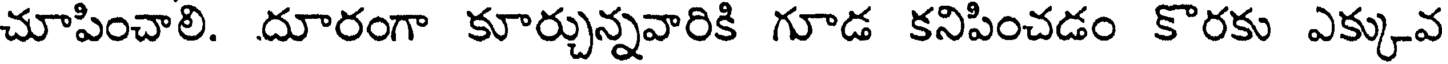
చూపించాలి. దూరంగా కూర్చున్నవారికి గూడ కనిపించడం కొరకు ఎక్కువ